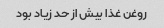
روغن غذا بیش از حد زیاد بود